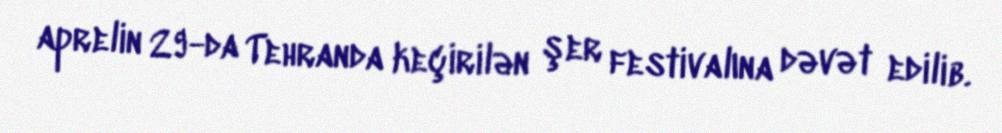
aprelin 29-da Tehranda keçirilən şer festivalına dəvət edilib.